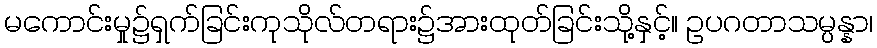
မကောင်းမှု၌ရှက်ခြင်းကုသိုလ်တရား၌အားထုတ်ခြင်းသို့နှင့်။ ဥပဂတာသမ္ပန္နာ၊